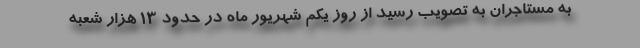
به مستاجران به تصویب رسید از روز یکم شهریور ماه در حدود ۱۳ هزار شعبه